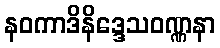
နဝကာဒိနိဒ္ဒေသဝဏ္ဏနာ